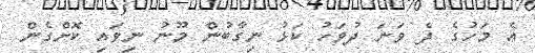
އެ މަހުގެ ދެ ވަނަ ދުވަހު ކަޅު ނިގާބުން މޫނު ނިވައި ކޮށްގެން